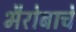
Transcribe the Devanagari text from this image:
भैरोबाचे